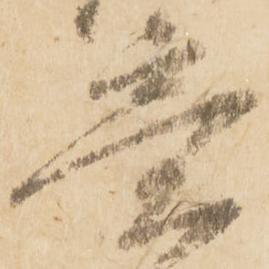
意